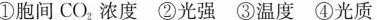
①胞间CO_{2}，浓度 ②光强 ③温度 ④光质